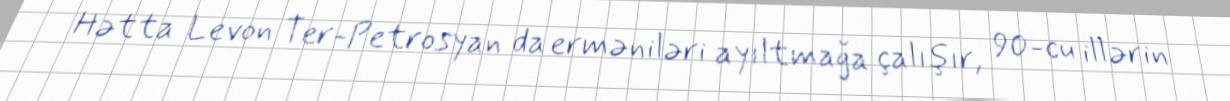
Hətta Levon Ter-Petrosyan da erməniləri ayıltmağa çalışır, 90-cu illərin